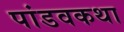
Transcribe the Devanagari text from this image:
पांडवकथा